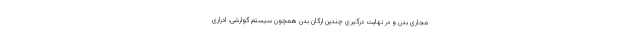
مجاری بدن و در نهایت درگیری چندین ارگان بدن همچون سیستم گوارشی، ادراری